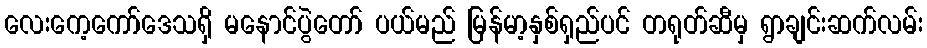
လေးကေ့ကော်ဒေသရှိ မနောင်ပွဲတော် ပယ်မည် မြန်မာ့နှစ်ရှည်ပင် တရုတ်ဆီမှ ရွာချင်းဆက်လမ်း